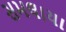
સમલાયા